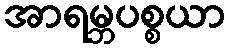
အာရမ္ဘပစ္စယာ